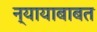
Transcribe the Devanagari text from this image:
न्यायाबाबत